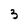
Character: 3